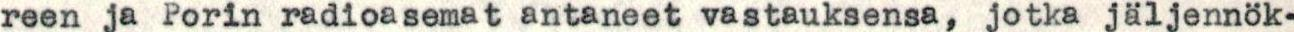
reen ja Porin radioasemat antaneet vastauksensa, jotka jäljennök-